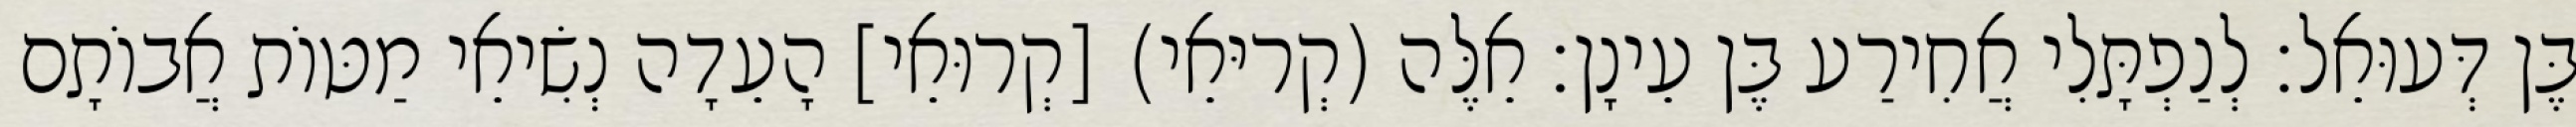
בֶּן דְּעוּאֵל׃ לְנַפְתָּלִי אֲחִירַע בֶּן עֵינָן׃ אֵלֶּה (קְריּאֵי) [קְרוּאֵי] הָעֵדָה נְשִׂיאֵי מַטּוֹת אֲבוֹתָם